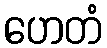
ဟေတံ